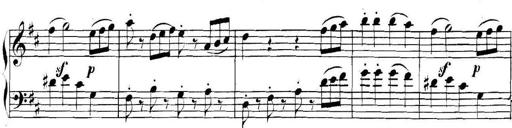
Title: Collected Piano Sonatas
Composer: Muzio Clementi